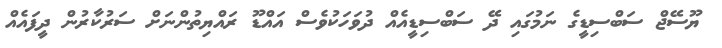
ޔޫސޭޖް ސަބްސިޑީގެ ނަމުގައި ދޭ ސަބްސިޑީއެއް ދުވަހަކުވެސް އައްޑޫ ރައްޔިތުންނަށް ސަރުކާރުން ދީފައެއް